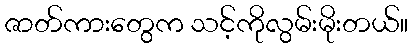
ဇာတ်ကားတွေက သင့်ကိုလွမ်းမိုးတယ်။